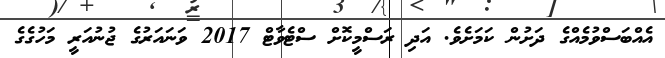
އެއްބަސްވުމެއްގެ ދަށުން ކަމަށެވެ. އަދި ރަސްމީކޮށް ސްޓެވާޓް 2017 ވަނައަރުގެ ޖުނުއަރީ މަހުގެގެ